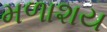
મળાશય